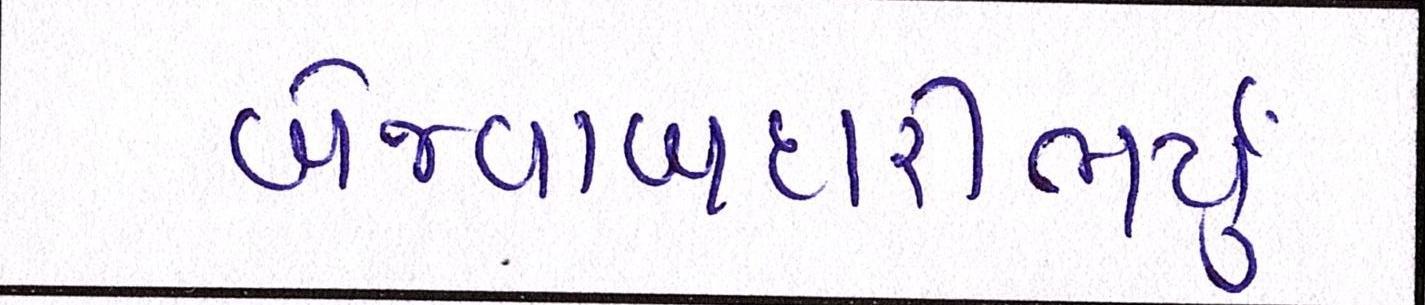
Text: બેજવાબદારીભર્યું